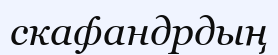
скафандрдың